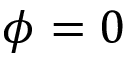
\phi = 0